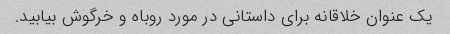
یک عنوان خلاقانه برای داستانی در مورد روباه و خرگوش بیابید.